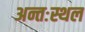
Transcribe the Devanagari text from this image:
अन्तःस्थल